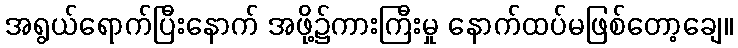
အရွယ်ရောက်ပြီးနောက် အဖို့၌ကားကြီးမှု နောက်ထပ်မဖြစ်တော့ချေ။